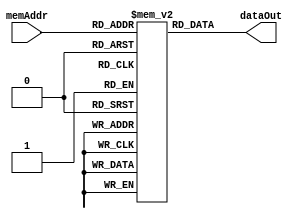
/////////////////////////////////////////////////////////////////////
// Project      : EE577B Fall2021 Cardinal SoC
// Description  : Instruction Memory For Cardinal Processor 
// Version      : ver2
// Last Modified by : Aditya 
// Update Log   :
//  updated dataOut vector field to [0:31] from [0:63]
//
/////////////////////////////////////////////////////////////////////
`timescale 1ns/10ps

module imem (memAddr, dataOut);
	input  [0:7]   memAddr;   // Memory Read Address (8-bit)
	output [0:31]  dataOut;   // Memory READ Output Data

	// Memory Declaration
	reg [0:31] MEM[0:255];    // 32-wide, 256-deep memory

	// Asynchronous READ Operation
	assign dataOut = MEM[memAddr];
	
endmodule